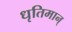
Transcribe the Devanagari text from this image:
धृतिमान्‌